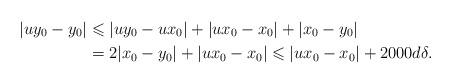
LaTeX: \begin{align*}|uy_0-y_0|& \leqslant |u y_0-ux_0| + |ux_0-x_0| + |x_0-y_0| \\& = 2 |x_0-y_0|+|ux_0-x_0|\leqslant |ux_0-x_0|+ 2000d\delta.\end{align*}